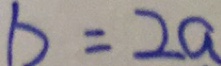
b = 2 a